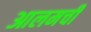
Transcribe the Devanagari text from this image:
आलमची